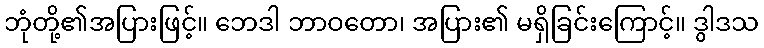
ဘုံတို့၏အပြားဖြင့်။ ဘေဒါ ဘာဝတော၊ အပြား၏ မရှိခြင်းကြောင့်။ ဒွါဒသ